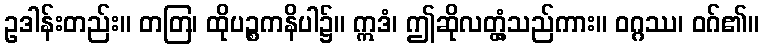
ဥဒါန်းတည်း။ တတြ၊ ထိုပဉ္စကနိပါ၌။ ဣဒံ၊ ဤဆိုလတ္တံ့သည်ကား။ ဝဂ္ဂဿ၊ ဝဂ်၏။